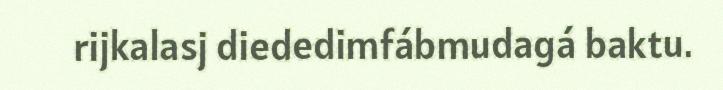
rijkalasj diededimfábmudagá baktu.